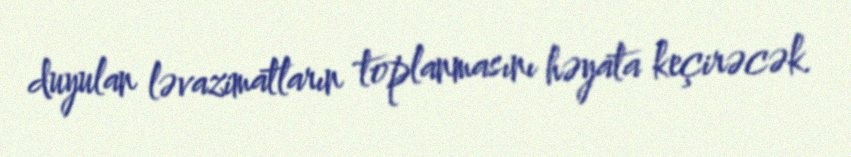
duyulan ləvazimatların toplanmasını həyata keçirəcək.